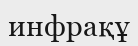
инфрақұ